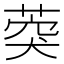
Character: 葖